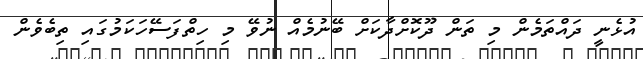
އުޅެނީ ދައްތަމެން މި ތަން ދޫކޮށްދާކަށް ބޭނުމެއް ނުވޭ މި ހިތްފަސޭހަކަމުގައި ތިބެވެން